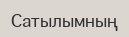
Сатылымның